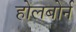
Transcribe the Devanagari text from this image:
होलबोर्न